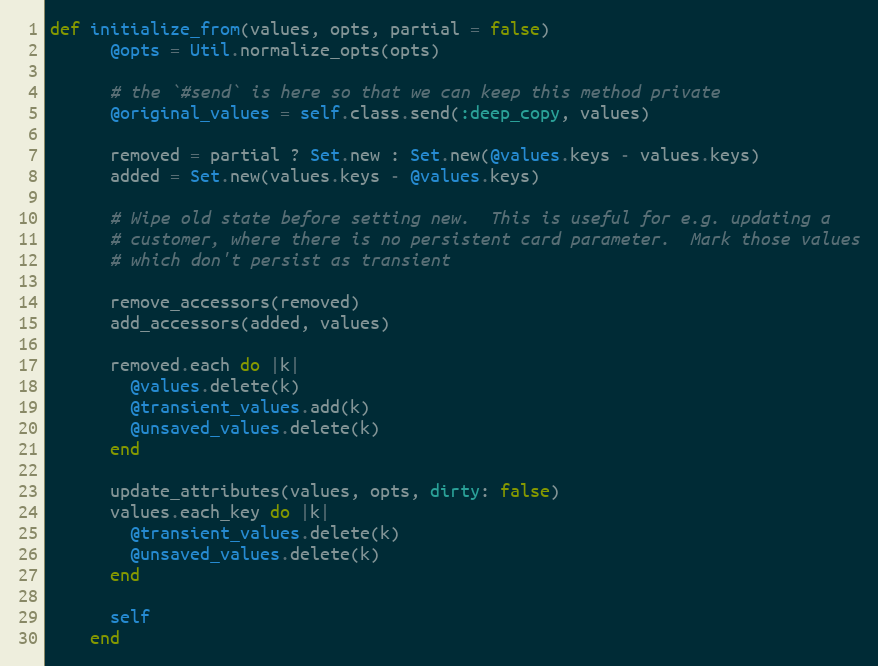
Language: Ruby
def initialize_from(values, opts, partial = false)
      @opts = Util.normalize_opts(opts)

      # the `#send` is here so that we can keep this method private
      @original_values = self.class.send(:deep_copy, values)

      removed = partial ? Set.new : Set.new(@values.keys - values.keys)
      added = Set.new(values.keys - @values.keys)

      # Wipe old state before setting new.  This is useful for e.g. updating a
      # customer, where there is no persistent card parameter.  Mark those values
      # which don't persist as transient

      remove_accessors(removed)
      add_accessors(added, values)

      removed.each do |k|
        @values.delete(k)
        @transient_values.add(k)
        @unsaved_values.delete(k)
      end

      update_attributes(values, opts, dirty: false)
      values.each_key do |k|
        @transient_values.delete(k)
        @unsaved_values.delete(k)
      end

      self
    end